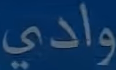
وادي